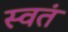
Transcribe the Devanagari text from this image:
स्वतं